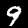
Label: 9